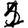
Digit: 1